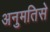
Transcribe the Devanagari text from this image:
अनुमतिसे